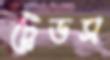
ট্রেডস